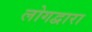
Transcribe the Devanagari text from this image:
लोगद्वारा